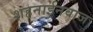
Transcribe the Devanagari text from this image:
शहनाईनवाज